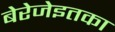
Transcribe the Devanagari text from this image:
बेरेजेइतका